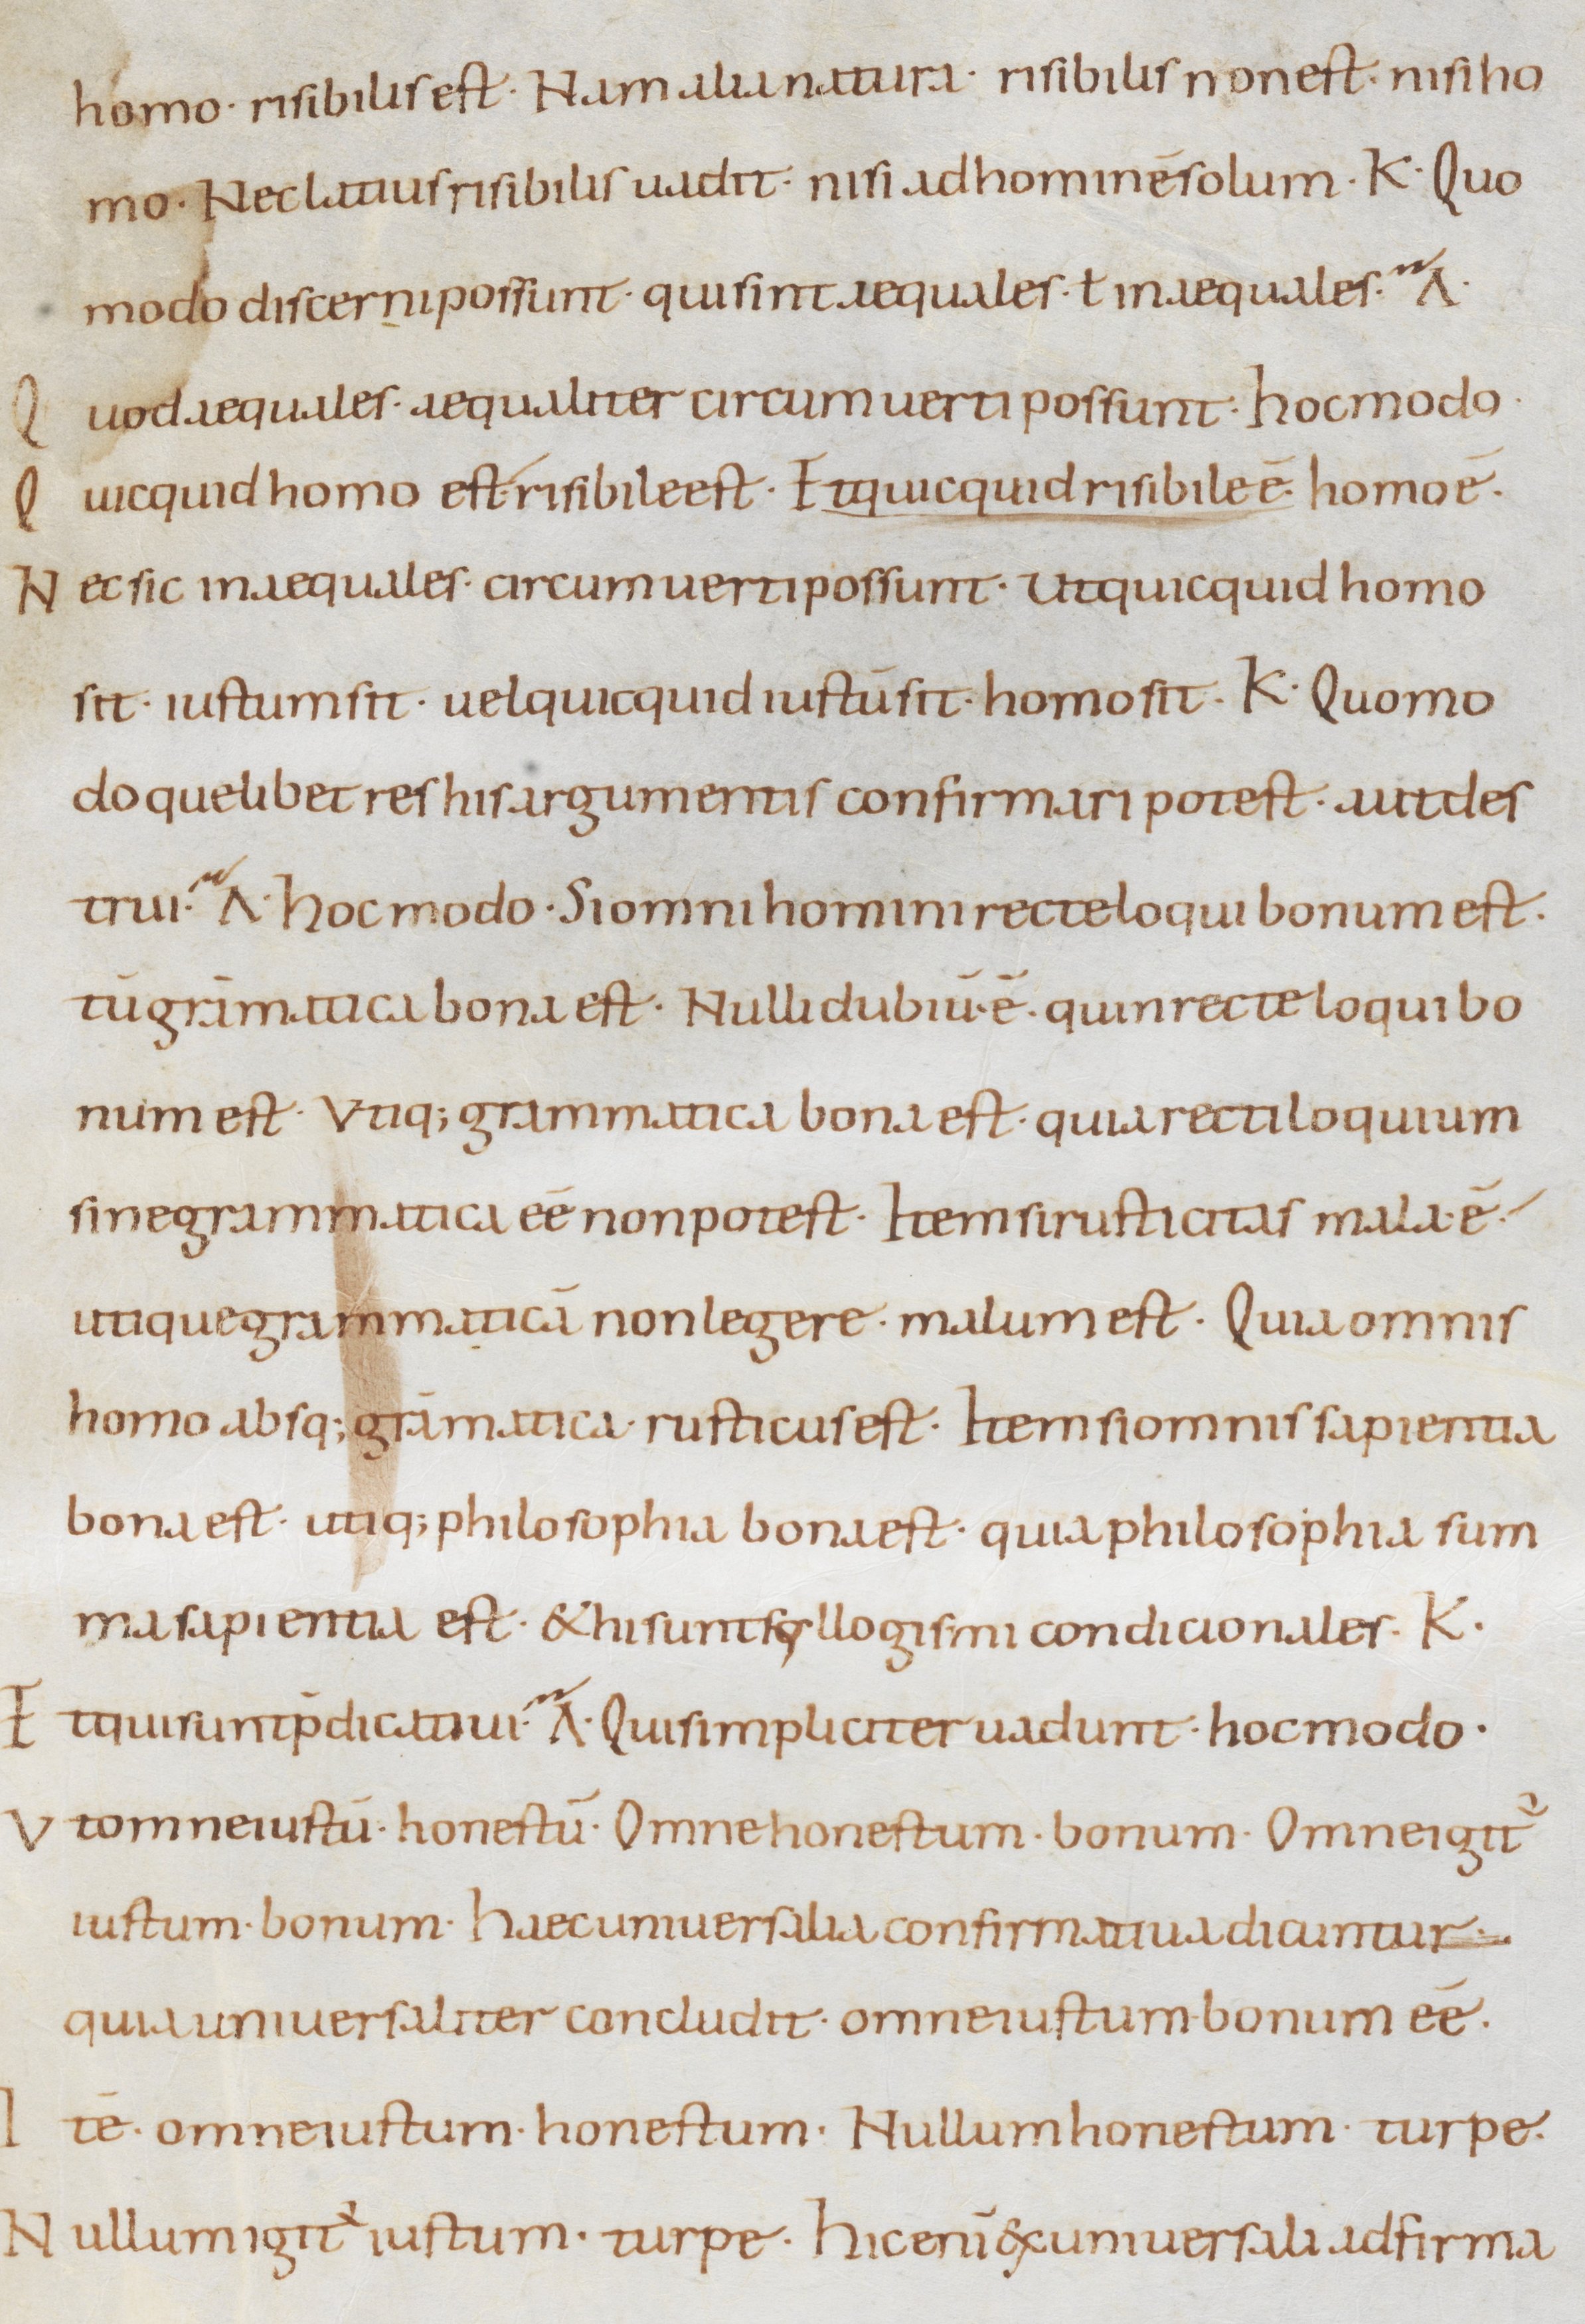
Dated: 800–899